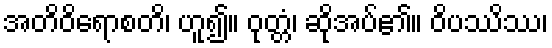
အတိဝိရောစတိ၊ ဟူ၍။ ဝုတ္တံ၊ ဆိုအပ်၏။ ဝိပဿိဿ၊